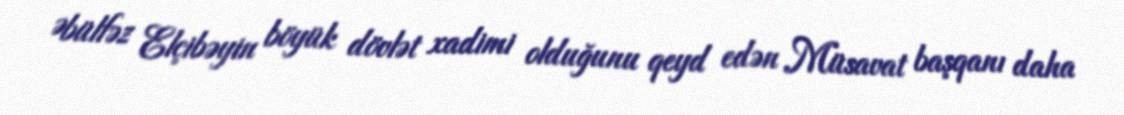
Əbülfəz Elçibəyin böyük dövlət xadimi olduğunu qeyd edən Müsavat başqanı daha